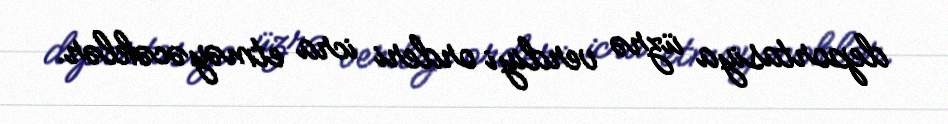
deportasiya üzrə verdiyi orderi icra etməyəcəklər.